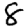
Digit: 8